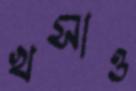
খসাও